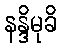
နန္ဒိမုခိ